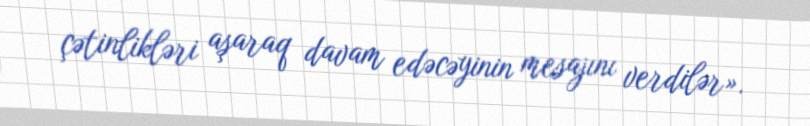
çətinlikləri aşaraq davam edəcəyinin mesajını verdilər».